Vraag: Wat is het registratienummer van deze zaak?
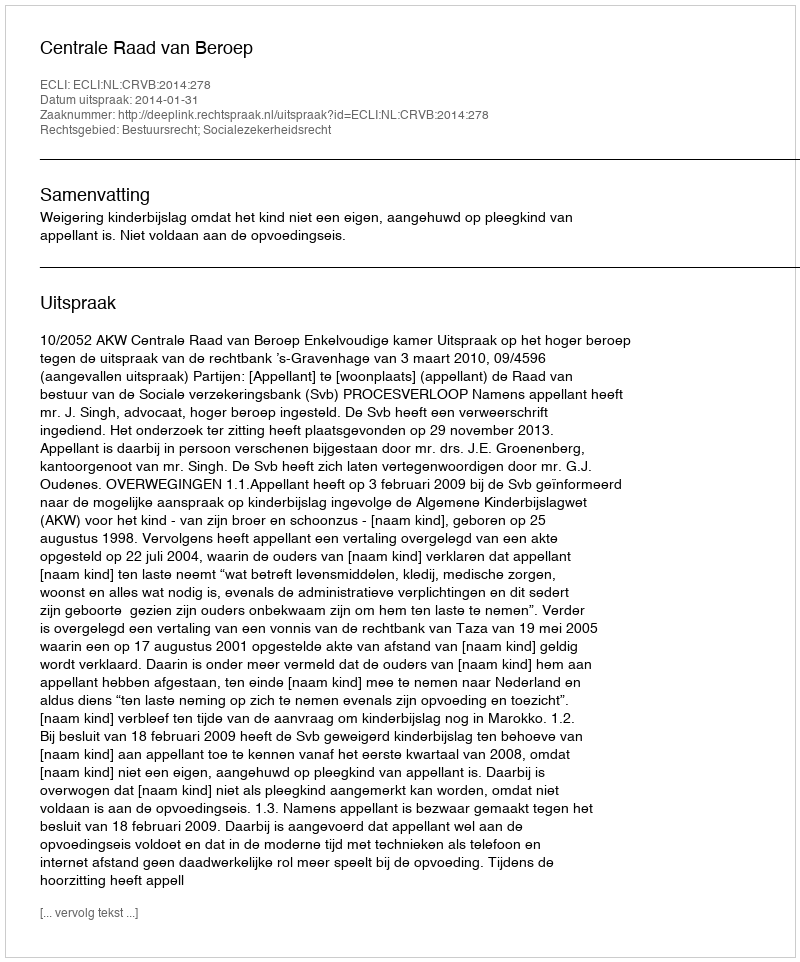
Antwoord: http://deeplink.rechtspraak.nl/uitspraak?id=ECLI:NL:CRVB:2014:278